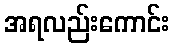
အရလည်းကောင်း